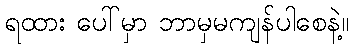
ရထား ပေါ်မှာ ဘာမှမကျန်ပါစေနဲ့။